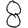
Digit: 8